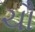
ચૌ